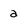
Character: a